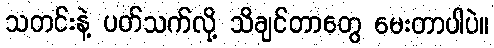
သတင်းနဲ့ ပတ်သက်လို့ သိချင်တာတွေ မေးတာပါပဲ။